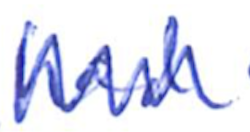
Text: had
Cross-out: zig-zag
Writing tool: ballpoint